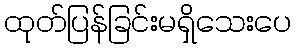
ထုတ်ပြန်ခြင်းမရှိသေးပေ